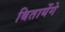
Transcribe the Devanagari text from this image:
बितायेंगे